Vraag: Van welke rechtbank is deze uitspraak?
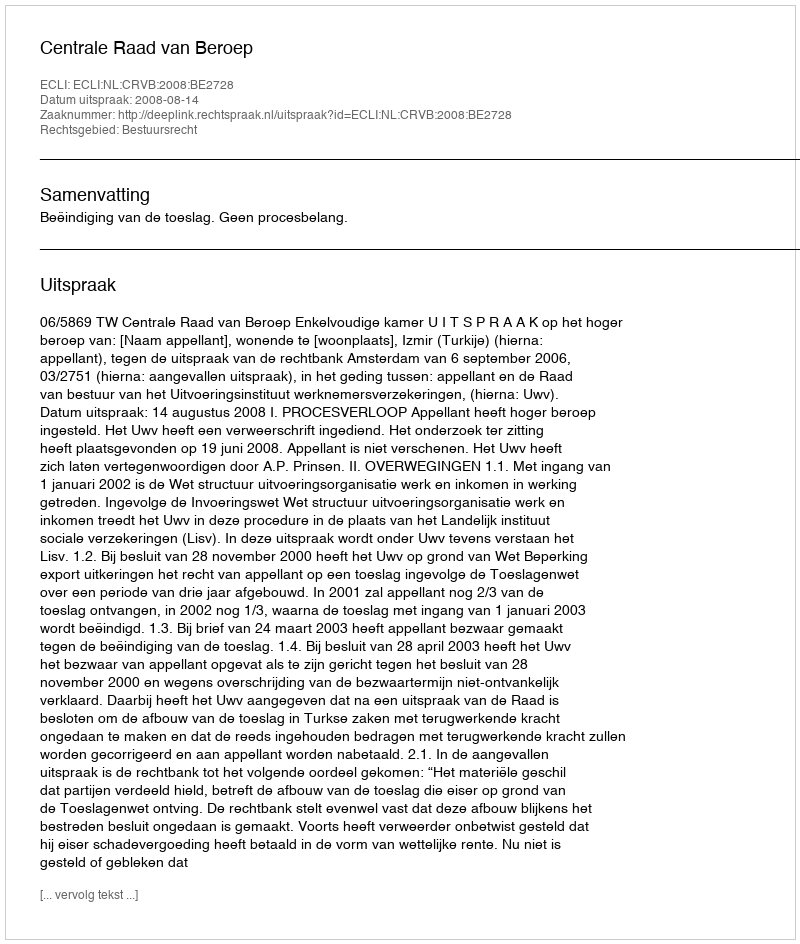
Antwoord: Centrale Raad van Beroep